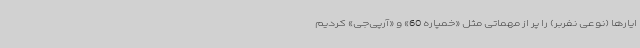
ایارها (نوعی نفربر) را پر از مهماتی مثل «خمپاره 60» و «آرپی‌جی» کردیم